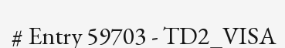
# Entry 59703 - TD2_VISA